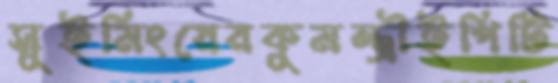
সুইমিংয়েরকুমন্ত্রীইপিটি